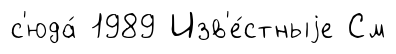
с'юда́ 1989 Изв'е́стныjе См